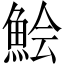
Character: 𩷆